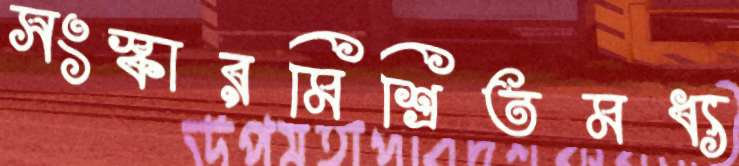
সংস্কারমিশ্রিতমধ্য